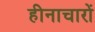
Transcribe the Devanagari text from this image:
हीनाचारों